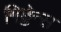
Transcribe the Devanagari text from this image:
गिड्डेन्स